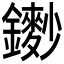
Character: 𨮽